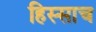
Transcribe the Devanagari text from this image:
हिस्साच